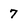
Character: 7